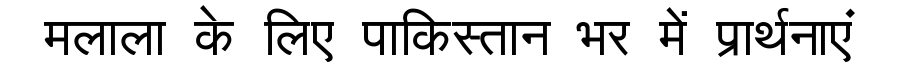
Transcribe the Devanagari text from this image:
मलाला के लिए पाकिस्तान भर में प्रार्थनाएं